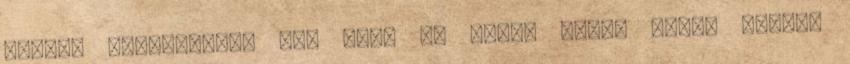
Castor falkájához, így van, de rajta egyik falka szagát